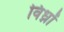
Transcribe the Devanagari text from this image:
विध्नों